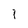
Character: 1